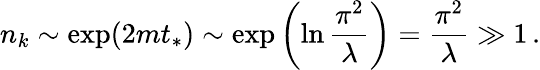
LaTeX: n_{k}\sim\exp(2mt_{*})\sim\exp\left({\ln{\frac{\pi^{2}}{\lambda}}}\right)={\frac{\pi^{2}}{\lambda}}\gg 1\, .